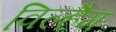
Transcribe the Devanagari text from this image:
विल्हैम